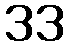
33